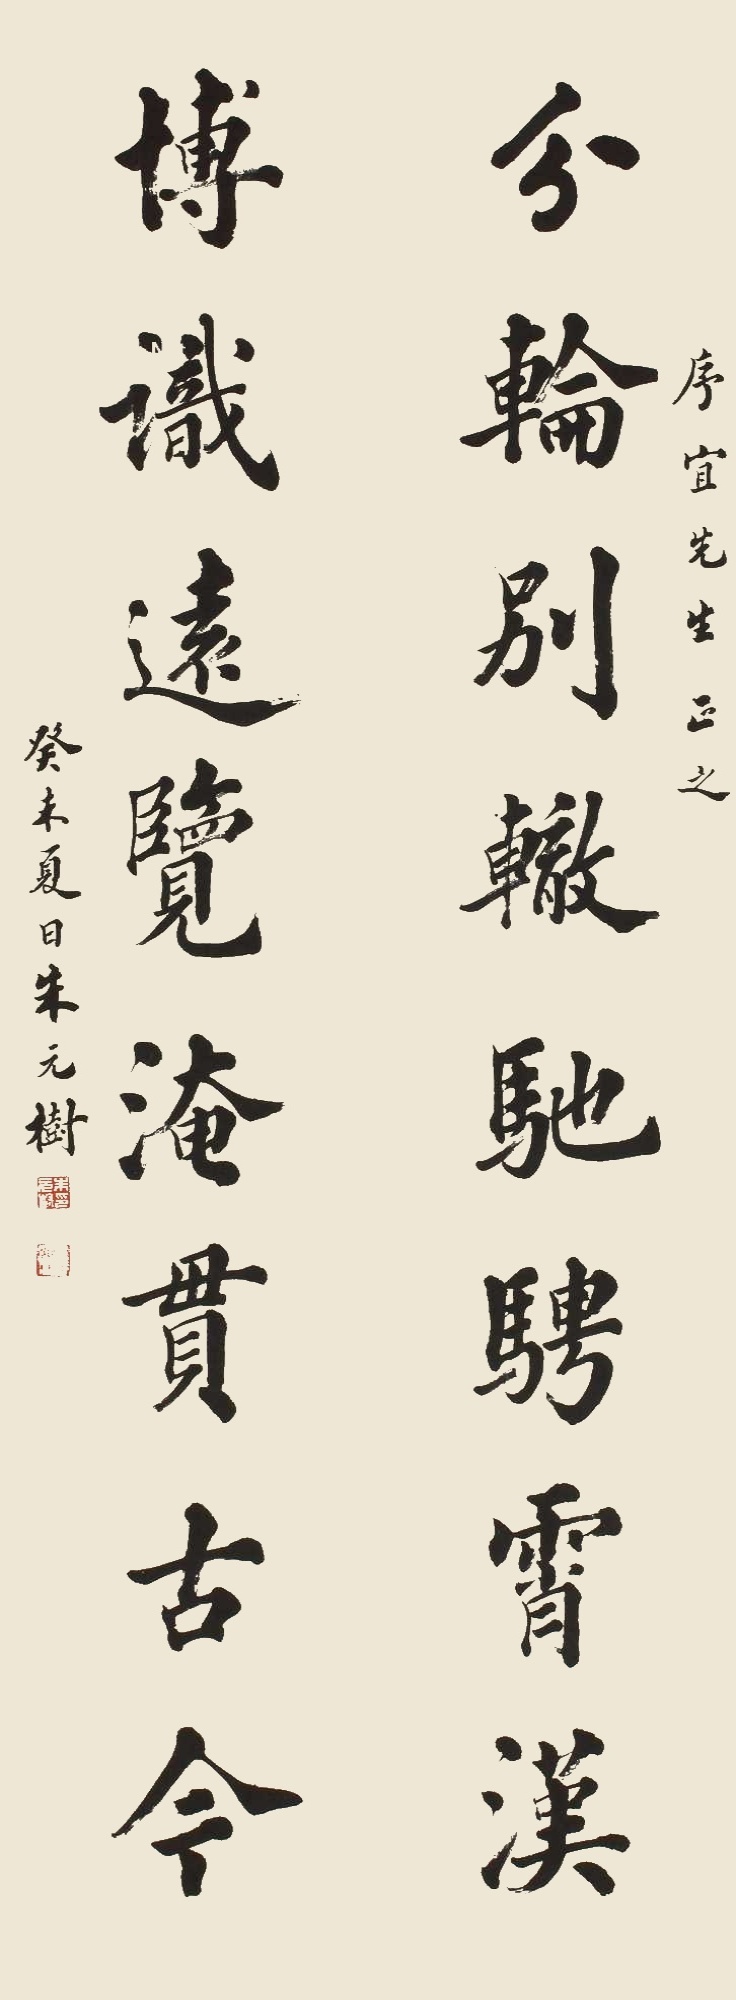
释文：分轮别辙驰骋霄汉；博识远览淹贯古今。序宜先生正之。癸未夏日，朱元树。